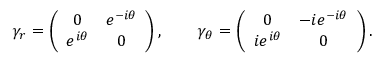
\gamma _ { r } = \left( \begin{array} { c c } { { 0 } } & { { e ^ { - i \theta } } } \\ { { e ^ { i \theta } } } & { { 0 } } \end{array} \right) , \qquad \gamma _ { \theta } = \left( \begin{array} { c c } { { 0 } } & { { - i e ^ { - i \theta } } } \\ { { i e ^ { i \theta } } } & { { 0 } } \end{array} \right) .